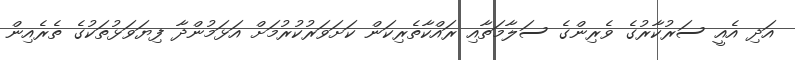
އަދި އެއީ ސަރުކާރުގެ ވެރިންގެ ސަލާމަތާއި ރައްކާތެރިކަން ކަށަވަރުކުރުމަށް އަޅަމުންދާ ފިޔަވަޅުތަކުގެ ތެރެއިން